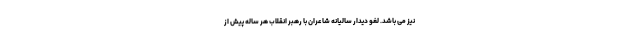
نیز می باشد. لغو دیدار سالیانه شاعران با رهبر انقلاب هر ساله پیش از